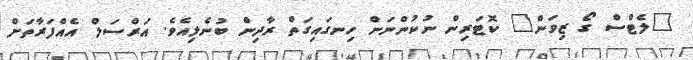
"ލެޓްސް ގޯ ޒިވަން" ކޮޓަރިން ނުކުންނަން ހިނގައިގަތް ރާދިން ބުނެލިއެވެ. އަރްސަލް އެއްފަރާތަށް